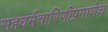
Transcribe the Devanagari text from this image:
सहधर्मचारिणीप्रमाणेच